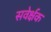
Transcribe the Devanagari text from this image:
सवेर्क्षक